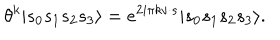
\theta ^ { k } | s _ { 0 } s _ { 1 } s _ { 2 } s _ { 3 } \rangle = e ^ { 2 i \pi k v \cdot s } | s _ { 0 } s _ { 1 } s _ { 2 } s _ { 3 } \rangle .